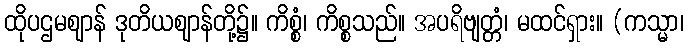
ထိုပဌမဈာန် ဒုတိယဈာန်တို့၌။ ကိစ္စံ၊ ကိစ္စသည်။ အပရိဗျတ္တံ၊ မထင်ရှား။ (ကသ္မာ၊